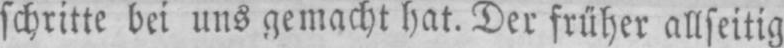
schritte bei uns gemacht hat. Der früher allseitig